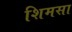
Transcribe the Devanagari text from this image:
शिमसा